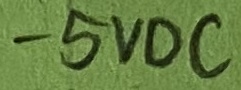
Text: -5VDC